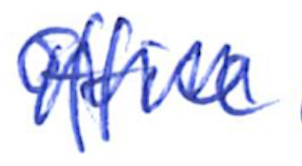
Text: Office
Cross-out: zig-zag
Writing tool: ballpoint